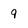
Character: 9